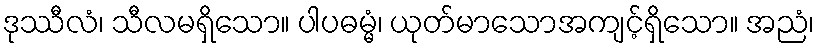
ဒုဿီလံ၊ သီလမရှိသော။ ပါပဓမ္မံ၊ ယုတ်မာသောအကျင့်ရှိသော။ အညံ၊